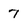
Character: 7